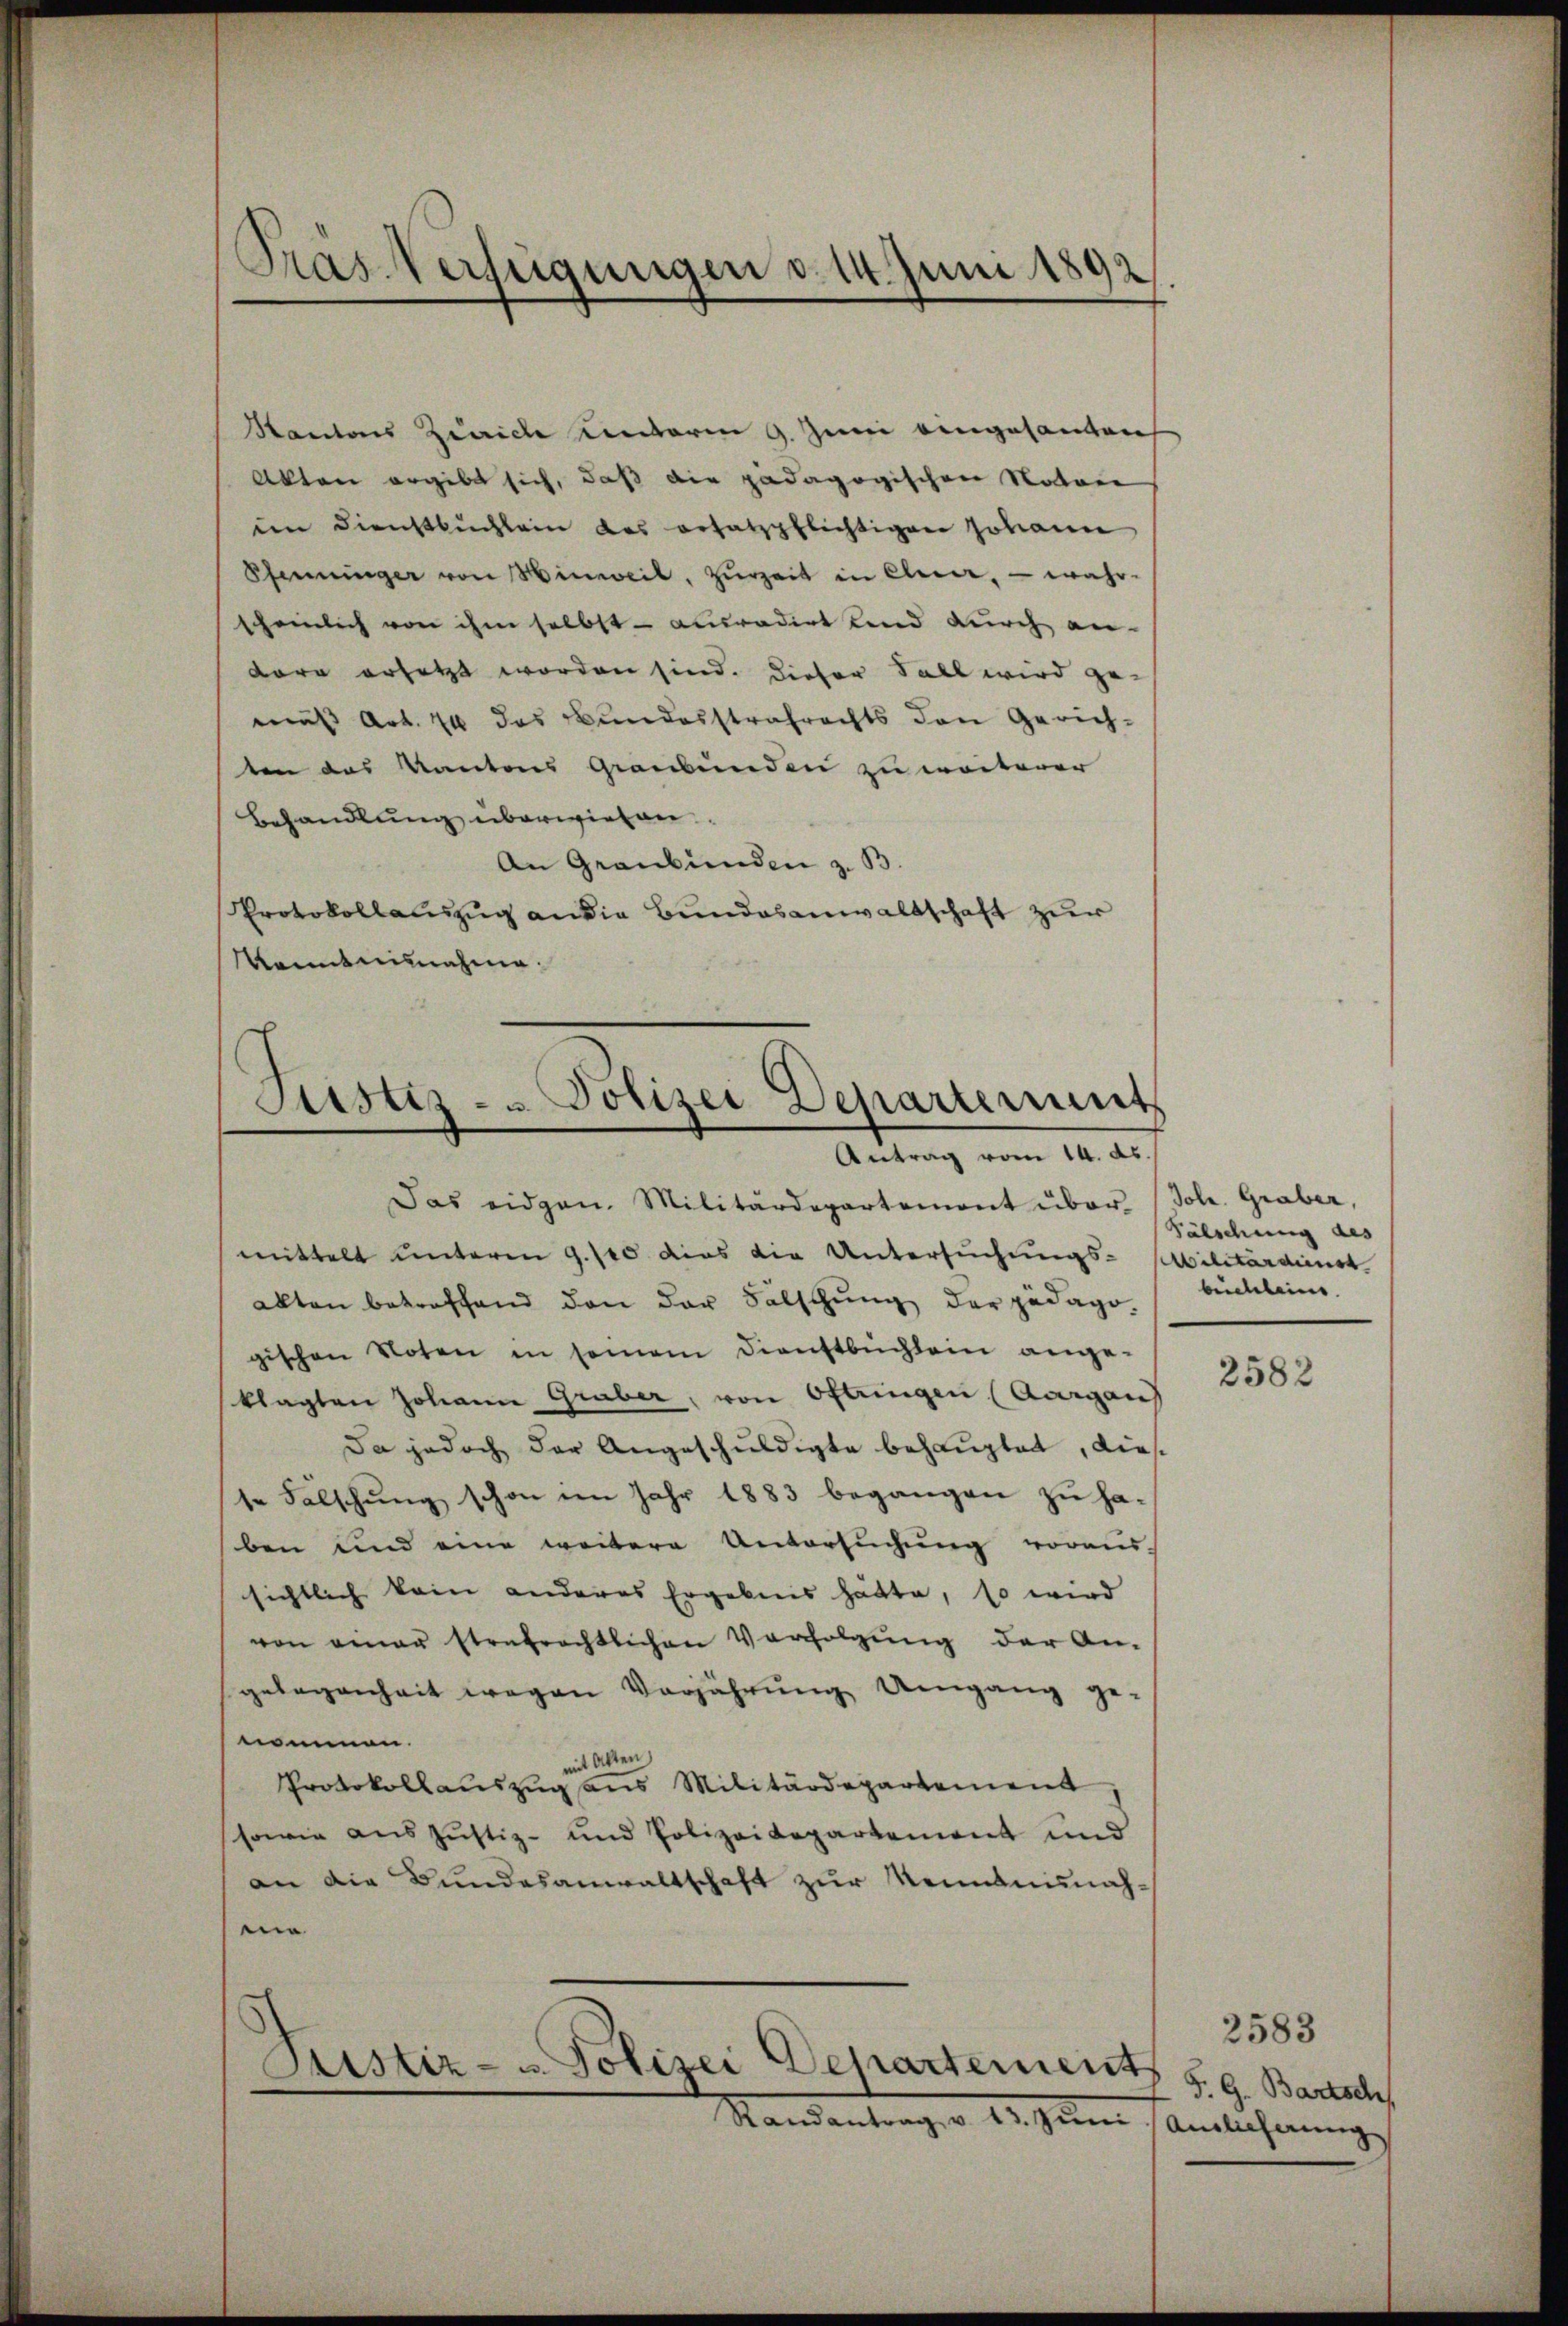
Präs. Verfügungen d. 14. Juni 1892

Kantons Zürich einterm 9. Juni eingesanten
Akten ergibt sich, daß die pädagogischen Notare
in Dienstbuchlein das ersatzpflichtigen Johann
Pfenninger von Hinweil, zŭrzeit in Eleer, - wahr-
scheinlich von ihm selbst - ausradirt Land durch an-
dore ersetzt worden sind. Dieser Sall wird ge-
mus Art. 40 das Bundesstrafrechts den Gerich-
ten das Kantons Graubünden zu weiterer
Behandlung überwiesen
An Graubünden z. B.
Protokollauszug an die Bundesanwaltschaft zur
Kenntnisnahme.

Justiz- & Polizei Departerunt

Justiz- u. Polizei Departement

Das eidgen. Militärdepartement über (Joh. Graber,
mittelt unterm 9. 100 dies die Untersuchungs-Militärdienst
akten betreffend den der Falschŭng der pädago
gischen Voten in seinem Dienstbüchlein ange-
klagten Johann Graber, von Oftungen (Aargau
Da jedoch der Angeschuldigte behauptet, dieste Falschung schon im Jahr 1883 begangen zu haben und eine weitere Unvorsŭchŭng voraus-
sichtlich kein anderes Ergebnis hätte, so wird
von einer strafrechtlichen Verfolgŭng der An-
gelegenheit wegen Verjährung Umgang ge-
nommen.
ist Akten,
Protokollauszug aus Militärdepartement,
sowie aus Justiz- und Polizeidepartement und
an die Bundesanwaltschaft zur Kenntnisnahen
Randantrag v. 13. Juni

Fälschung des
beideleine

2582

2583
F. G. Bartsch
Ainlicherung